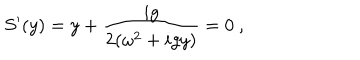
S ^ { \prime } ( y ) = y + { \frac { i g } { 2 ( \omega ^ { 2 } + i g y ) } } = 0 \ ,